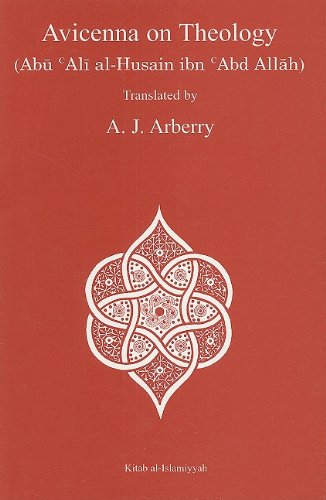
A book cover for Avicenna on Theology; Abu Ali al-Husayn ibn Sina; Religion & Spirituality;